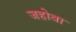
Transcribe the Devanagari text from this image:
जहोवा